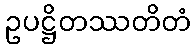
ဥပဋ္ဌိတဿတိတံ